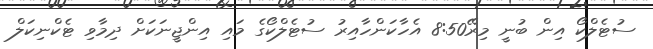
ސުޓެލްކޯ އިން ބުނީ މިރޭ8:50 އެހާކަންހާއިރު ސުޓެލްކޯގެ މައި އިންޖީނަކަށް ދިމާވި ޓެކްނިކަލް